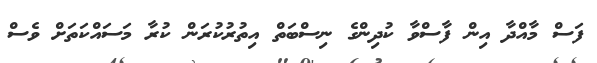
ފަސް މާއްދާ އިން ފާސްވާ ކުދިންގެ ނިސްބަތް އިތުރުކުރަން ކުރާ މަސައްކަތަށް ވެސް